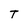
Character: T